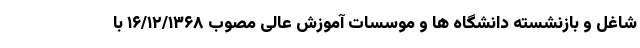
شاغل و بازنشسته دانشگاه ها و موسسات آموزش عالی مصوب ۱۶/۱۲/۱۳۶۸ با